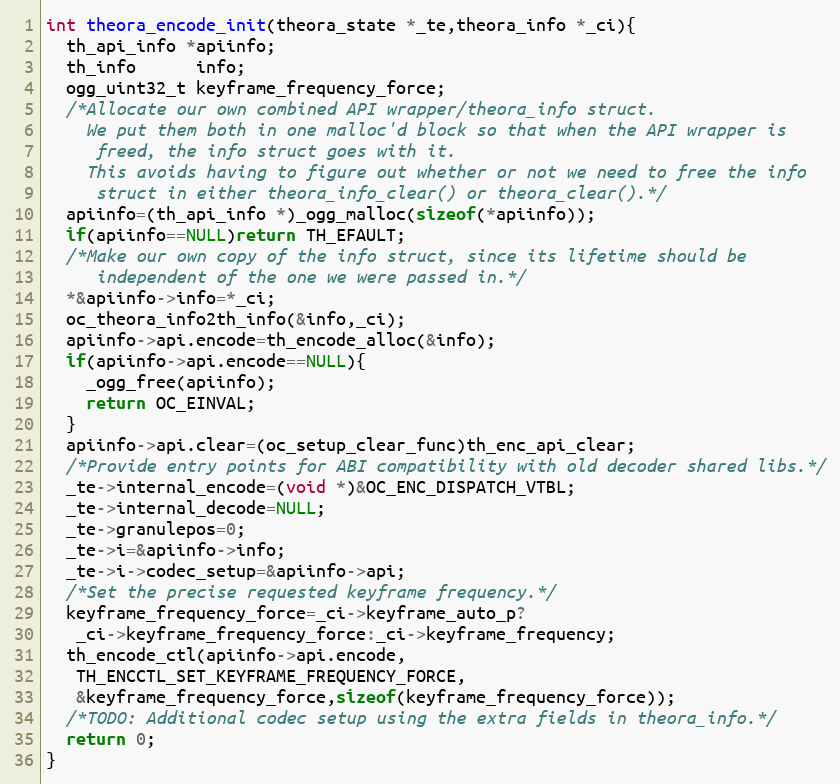
Language: C
int theora_encode_init(theora_state *_te,theora_info *_ci){
  th_api_info *apiinfo;
  th_info      info;
  ogg_uint32_t keyframe_frequency_force;
  /*Allocate our own combined API wrapper/theora_info struct.
    We put them both in one malloc'd block so that when the API wrapper is
     freed, the info struct goes with it.
    This avoids having to figure out whether or not we need to free the info
     struct in either theora_info_clear() or theora_clear().*/
  apiinfo=(th_api_info *)_ogg_malloc(sizeof(*apiinfo));
  if(apiinfo==NULL)return TH_EFAULT;
  /*Make our own copy of the info struct, since its lifetime should be
     independent of the one we were passed in.*/
  *&apiinfo->info=*_ci;
  oc_theora_info2th_info(&info,_ci);
  apiinfo->api.encode=th_encode_alloc(&info);
  if(apiinfo->api.encode==NULL){
    _ogg_free(apiinfo);
    return OC_EINVAL;
  }
  apiinfo->api.clear=(oc_setup_clear_func)th_enc_api_clear;
  /*Provide entry points for ABI compatibility with old decoder shared libs.*/
  _te->internal_encode=(void *)&OC_ENC_DISPATCH_VTBL;
  _te->internal_decode=NULL;
  _te->granulepos=0;
  _te->i=&apiinfo->info;
  _te->i->codec_setup=&apiinfo->api;
  /*Set the precise requested keyframe frequency.*/
  keyframe_frequency_force=_ci->keyframe_auto_p?
   _ci->keyframe_frequency_force:_ci->keyframe_frequency;
  th_encode_ctl(apiinfo->api.encode,
   TH_ENCCTL_SET_KEYFRAME_FREQUENCY_FORCE,
   &keyframe_frequency_force,sizeof(keyframe_frequency_force));
  /*TODO: Additional codec setup using the extra fields in theora_info.*/
  return 0;
}